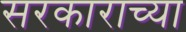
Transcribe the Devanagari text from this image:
सरकाराच्या